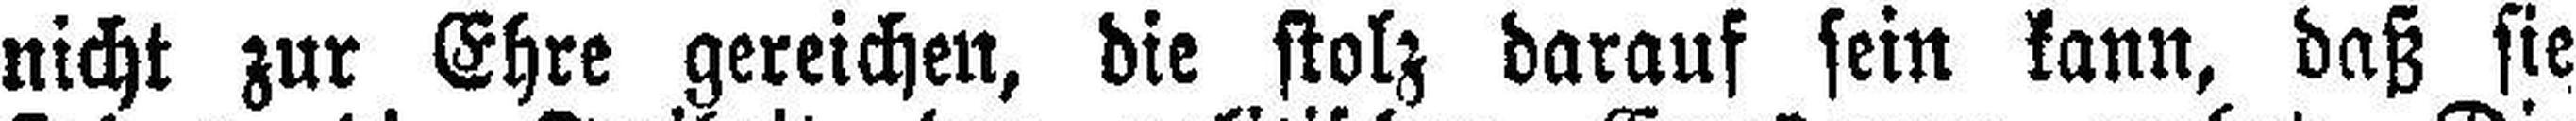
nicht zur Ehre gereichen, die stolz darauf sein kann, daß sie